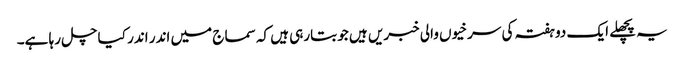
یہ پچھلے ایک دو ہفتہ کی سرخیوں والی خبریں ہیں جو بتارہی ہیں کہ سماج میں اندر اندر کیا چل رہا ہے۔